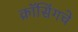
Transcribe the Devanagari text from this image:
क्रॉसिंगचे